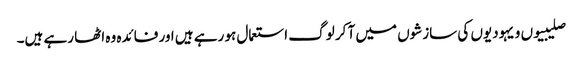
صلیبیوں و یہودیوں کی سازشوں میں آ کر لوگ استعمال ہو رہے ہیں اور فائدہ وہ اٹھا رہے ہیں۔